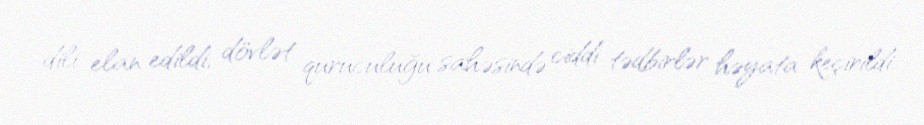
dili elan edildi, dövlət quruculuğu sahəsində ciddi tədbirlər həyata keçirildi.